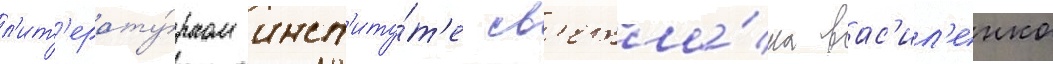
л'ит'ерату́рном инст'иту́т'е св'етла́на вас'ил'енко